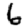
Digit: 6